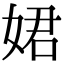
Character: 𡝗